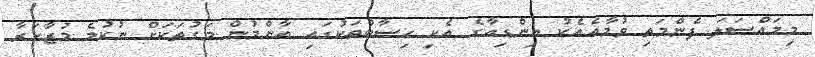
މިމައްސަލަ ފެންމަތި ވުމާއެއެކު އިންޑިއާގެ އެކި ހިސާބުތަކުގައި އާންމުން މަގުތަކަށް ނުކުމެ މުޒާހަރާ